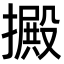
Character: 㩔